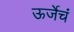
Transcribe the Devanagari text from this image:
ऊर्जेचं